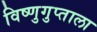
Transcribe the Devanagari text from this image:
विष्णुगुप्ताला